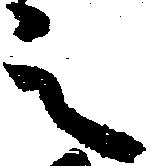
之